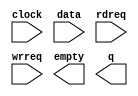
// megafunction wizard: %FIFO%VBB%
// GENERATION: STANDARD
// VERSION: WM1.0
// MODULE: scfifo 

// ============================================================
// Megafunction Name(s):
// 			scfifo
//
// Simulation Library Files(s):
// 			altera_mf
// ============================================================
// ************************************************************
// THIS IS A WIZARD-GENERATED FILE. DO NOT EDIT THIS FILE!
//
// 13.0.0 Build 156 04/24/2013 SJ Full Version
// ************************************************************

//Copyright (C) 1991-2013 Altera Corporation
//Your use of Altera Corporation's design tools, logic functions 
//and other software and tools, and its AMPP partner logic 
//functions, and any output files from any of the foregoing 
//(including device programming or simulation files), and any 
//associated documentation or information are expressly subject 
//to the terms and conditions of the Altera Program License 
//Subscription Agreement, Altera MegaCore Function License 
//Agreement, or other applicable license agreement, including, 
//without limitation, that your use is for the sole purpose of 
//programming logic devices manufactured by Altera and sold by 
//Altera or its authorized distributors.  Please refer to the 
//applicable agreement for further details.

module fifo8x16 (
	clock,
	data,
	rdreq,
	wrreq,
	empty,
	q);

	input	  clock;
	input	[7:0]  data;
	input	  rdreq;
	input	  wrreq;
	output	  empty;
	output	[7:0]  q;

endmodule

// ============================================================
// CNX file retrieval info
// ============================================================
// Retrieval info: PRIVATE: AlmostEmpty NUMERIC "0"
// Retrieval info: PRIVATE: AlmostEmptyThr NUMERIC "-1"
// Retrieval info: PRIVATE: AlmostFull NUMERIC "0"
// Retrieval info: PRIVATE: AlmostFullThr NUMERIC "-1"
// Retrieval info: PRIVATE: CLOCKS_ARE_SYNCHRONIZED NUMERIC "1"
// Retrieval info: PRIVATE: Clock NUMERIC "0"
// Retrieval info: PRIVATE: Depth NUMERIC "16"
// Retrieval info: PRIVATE: Empty NUMERIC "1"
// Retrieval info: PRIVATE: Full NUMERIC "0"
// Retrieval info: PRIVATE: INTENDED_DEVICE_FAMILY STRING "Cyclone IV GX"
// Retrieval info: PRIVATE: LE_BasedFIFO NUMERIC "0"
// Retrieval info: PRIVATE: LegacyRREQ NUMERIC "1"
// Retrieval info: PRIVATE: MAX_DEPTH_BY_9 NUMERIC "0"
// Retrieval info: PRIVATE: OVERFLOW_CHECKING NUMERIC "0"
// Retrieval info: PRIVATE: Optimize NUMERIC "0"
// Retrieval info: PRIVATE: RAM_BLOCK_TYPE NUMERIC "0"
// Retrieval info: PRIVATE: SYNTH_WRAPPER_GEN_POSTFIX STRING "0"
// Retrieval info: PRIVATE: UNDERFLOW_CHECKING NUMERIC "0"
// Retrieval info: PRIVATE: UsedW NUMERIC "0"
// Retrieval info: PRIVATE: Width NUMERIC "8"
// Retrieval info: PRIVATE: dc_aclr NUMERIC "0"
// Retrieval info: PRIVATE: diff_widths NUMERIC "0"
// Retrieval info: PRIVATE: msb_usedw NUMERIC "0"
// Retrieval info: PRIVATE: output_width NUMERIC "8"
// Retrieval info: PRIVATE: rsEmpty NUMERIC "1"
// Retrieval info: PRIVATE: rsFull NUMERIC "0"
// Retrieval info: PRIVATE: rsUsedW NUMERIC "0"
// Retrieval info: PRIVATE: sc_aclr NUMERIC "0"
// Retrieval info: PRIVATE: sc_sclr NUMERIC "0"
// Retrieval info: PRIVATE: wsEmpty NUMERIC "0"
// Retrieval info: PRIVATE: wsFull NUMERIC "1"
// Retrieval info: PRIVATE: wsUsedW NUMERIC "0"
// Retrieval info: LIBRARY: altera_mf altera_mf.altera_mf_components.all
// Retrieval info: CONSTANT: ADD_RAM_OUTPUT_REGISTER STRING "OFF"
// Retrieval info: CONSTANT: INTENDED_DEVICE_FAMILY STRING "Cyclone IV GX"
// Retrieval info: CONSTANT: LPM_NUMWORDS NUMERIC "16"
// Retrieval info: CONSTANT: LPM_SHOWAHEAD STRING "OFF"
// Retrieval info: CONSTANT: LPM_TYPE STRING "scfifo"
// Retrieval info: CONSTANT: LPM_WIDTH NUMERIC "8"
// Retrieval info: CONSTANT: LPM_WIDTHU NUMERIC "4"
// Retrieval info: CONSTANT: OVERFLOW_CHECKING STRING "ON"
// Retrieval info: CONSTANT: UNDERFLOW_CHECKING STRING "ON"
// Retrieval info: CONSTANT: USE_EAB STRING "ON"
// Retrieval info: USED_PORT: clock 0 0 0 0 INPUT NODEFVAL "clock"
// Retrieval info: USED_PORT: data 0 0 8 0 INPUT NODEFVAL "data[7..0]"
// Retrieval info: USED_PORT: empty 0 0 0 0 OUTPUT NODEFVAL "empty"
// Retrieval info: USED_PORT: q 0 0 8 0 OUTPUT NODEFVAL "q[7..0]"
// Retrieval info: USED_PORT: rdreq 0 0 0 0 INPUT NODEFVAL "rdreq"
// Retrieval info: USED_PORT: wrreq 0 0 0 0 INPUT NODEFVAL "wrreq"
// Retrieval info: CONNECT: @clock 0 0 0 0 clock 0 0 0 0
// Retrieval info: CONNECT: @data 0 0 8 0 data 0 0 8 0
// Retrieval info: CONNECT: @rdreq 0 0 0 0 rdreq 0 0 0 0
// Retrieval info: CONNECT: @wrreq 0 0 0 0 wrreq 0 0 0 0
// Retrieval info: CONNECT: empty 0 0 0 0 @empty 0 0 0 0
// Retrieval info: CONNECT: q 0 0 8 0 @q 0 0 8 0
// Retrieval info: GEN_FILE: TYPE_NORMAL fifo8x16.v TRUE
// Retrieval info: GEN_FILE: TYPE_NORMAL fifo8x16.inc FALSE
// Retrieval info: GEN_FILE: TYPE_NORMAL fifo8x16.cmp FALSE
// Retrieval info: GEN_FILE: TYPE_NORMAL fifo8x16.bsf FALSE
// Retrieval info: GEN_FILE: TYPE_NORMAL fifo8x16_inst.v TRUE
// Retrieval info: GEN_FILE: TYPE_NORMAL fifo8x16_bb.v TRUE
// Retrieval info: LIB_FILE: altera_mf